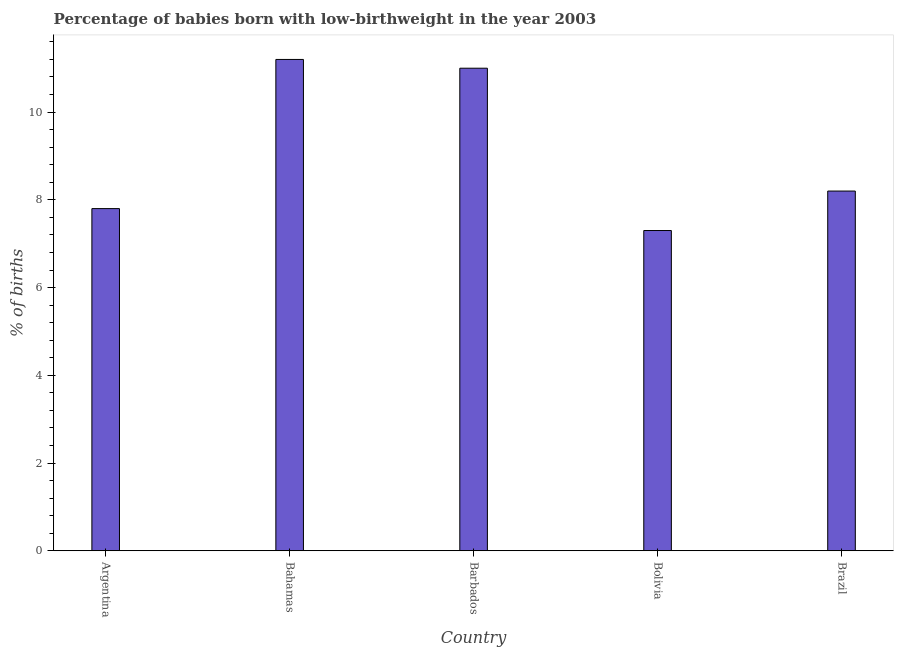
| Country | Low-birthweight babies |
 | --- | --- |
 | Argentina | 7.8 |
 | Bahamas | 11.2 |
 | Barbados | 11 |
 | Bolivia | 7.3 |
 | Brazil | 8.2 |